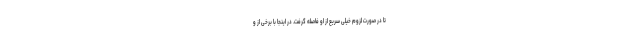
تا در صورت لزوم خیلی سریع از او فاصله گرفت. در اینجا با برخی از و